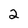
Character: 2